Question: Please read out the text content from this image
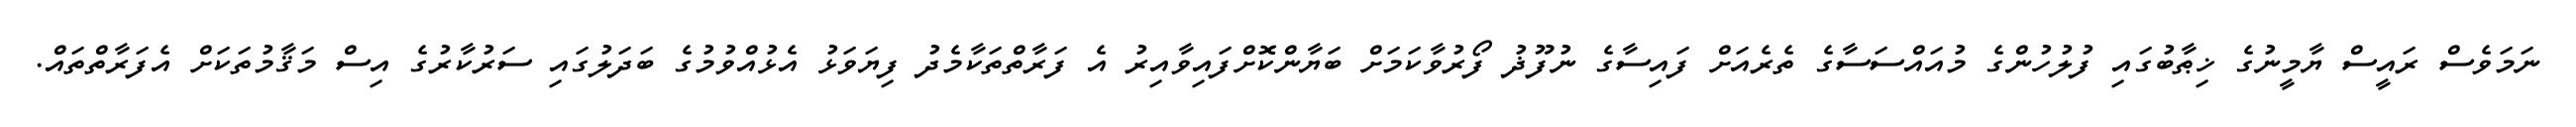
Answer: ނަމަވެސް ރައީސް ޔާމީނުގެ ޚިޠާބުގައި ފުލުހުންގެ މުއައްސަސާގެ ތެރެއަށް ފައިސާގެ ނުފޫޛު ފޯރުވާކަމަށް ބަޔާންކޮށްފައިވާއިރު އެ ފަރާތްތަކާމެދު ފިޔަވަޅު އެޅުއްވުމުގެ ބަދަލުގައި ސަރުކާރުގެ އިސް މަޤާމުތަކަށް އެފަރާތްތައް.